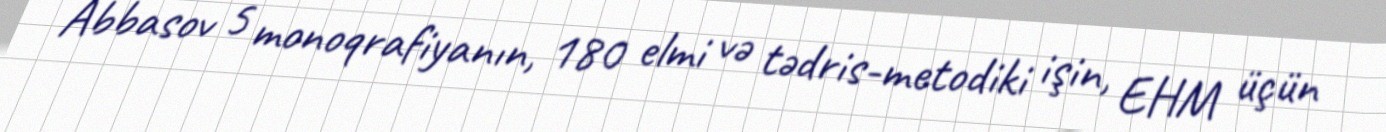
Abbasov 5 monoqrafiyanın, 180 elmi və tədris-metodiki işin, EHM üçün